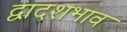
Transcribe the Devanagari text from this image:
द्वादशभाव